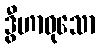
ဒွီဟာဝုသော